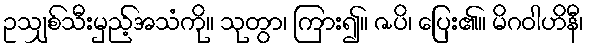
ဥသျှစ်သီးမှည့်အသံကို။ သုတွာ၊ ကြား၍။ ဇပိ၊ ပြေး၏။ မိဂဝါဟိနီ၊